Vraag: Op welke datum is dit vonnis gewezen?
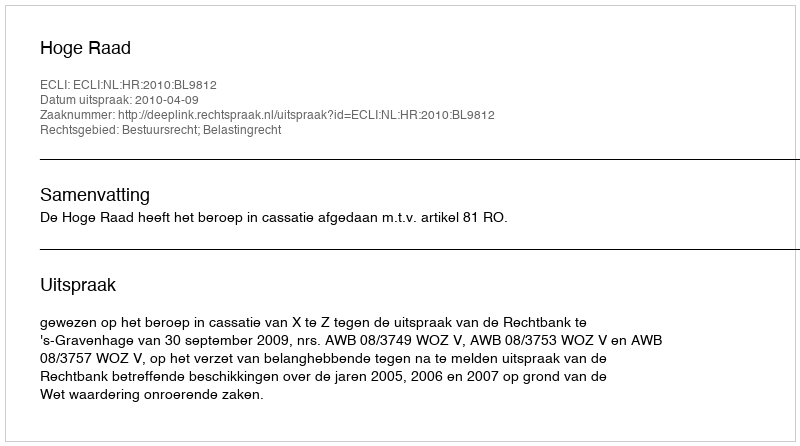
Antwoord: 2010-04-09